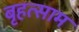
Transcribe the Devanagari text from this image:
बृहत्साम